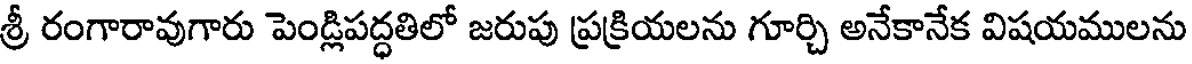
శ్రీ రంగారావుగారు పెండ్లిపద్ధతిలో జరుపు ప్రక్రియలను గూర్చి అనేకానేక విషయములను